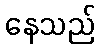
နေသည်